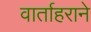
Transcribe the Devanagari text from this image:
वार्ताहराने